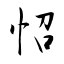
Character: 怊